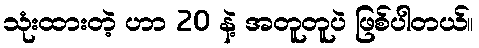
သုံးထားတဲ့ ဟာ 20 နဲ့ အတူတူပဲ ဖြစ်ပါတယ်။